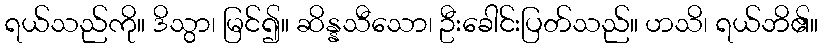
ရယ်သည်ကို။ ဒိသွာ၊ မြင်၍။ ဆိန္နသီသော၊ ဦးခေါင်းပြတ်သည်။ ဟသိ၊ ရယ်ဘိ၏။